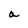
Character: a